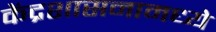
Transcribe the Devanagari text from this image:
केंद्रशासनामध्ये